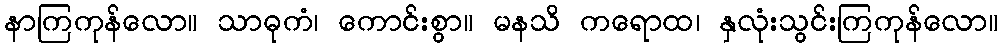
နာကြကုန်လော။ သာဓုကံ၊ ကောင်းစွာ။ မနသိ ကရောထ၊ နှလုံးသွင်းကြကုန်လော။